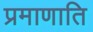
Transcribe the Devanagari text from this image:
प्रमाणाति